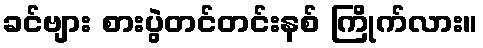
ခင်ဗျား စားပွဲတင်တင်းနစ် ကြိုက်လား။